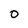
Character: 0